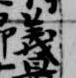
義